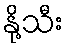
နို့သီး